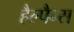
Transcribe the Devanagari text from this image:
हैल्पैन्स